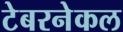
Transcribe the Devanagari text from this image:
टेबरनेकल